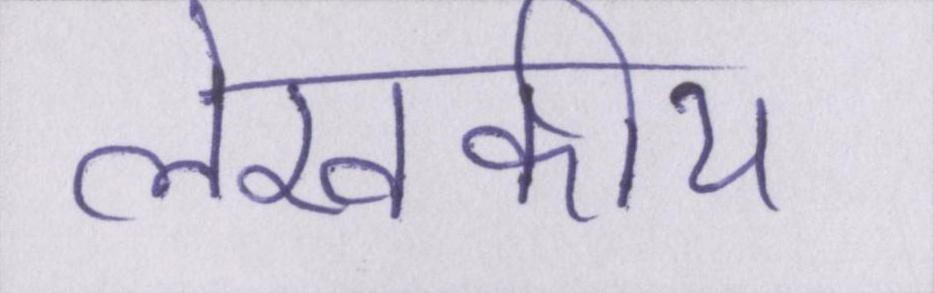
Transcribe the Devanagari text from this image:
लेखकीय